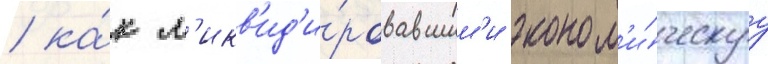
/ ка́к л'икв'ид'и́ровавшим'и эконом'и́ческуу